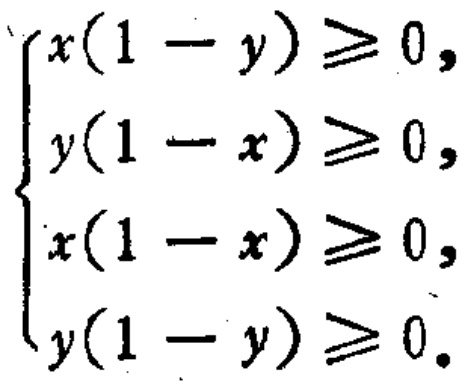
\[
\begin{cases}
x(1 - y) \geq 0, \\
y(1 - x) \geq 0, \\
x(1 - x) \geq 0, \\
y(1 - y) \geq 0.
\end{cases}
\]